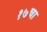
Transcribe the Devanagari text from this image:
१७चा